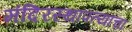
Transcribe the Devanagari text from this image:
मंदिरस्थापत्याचा